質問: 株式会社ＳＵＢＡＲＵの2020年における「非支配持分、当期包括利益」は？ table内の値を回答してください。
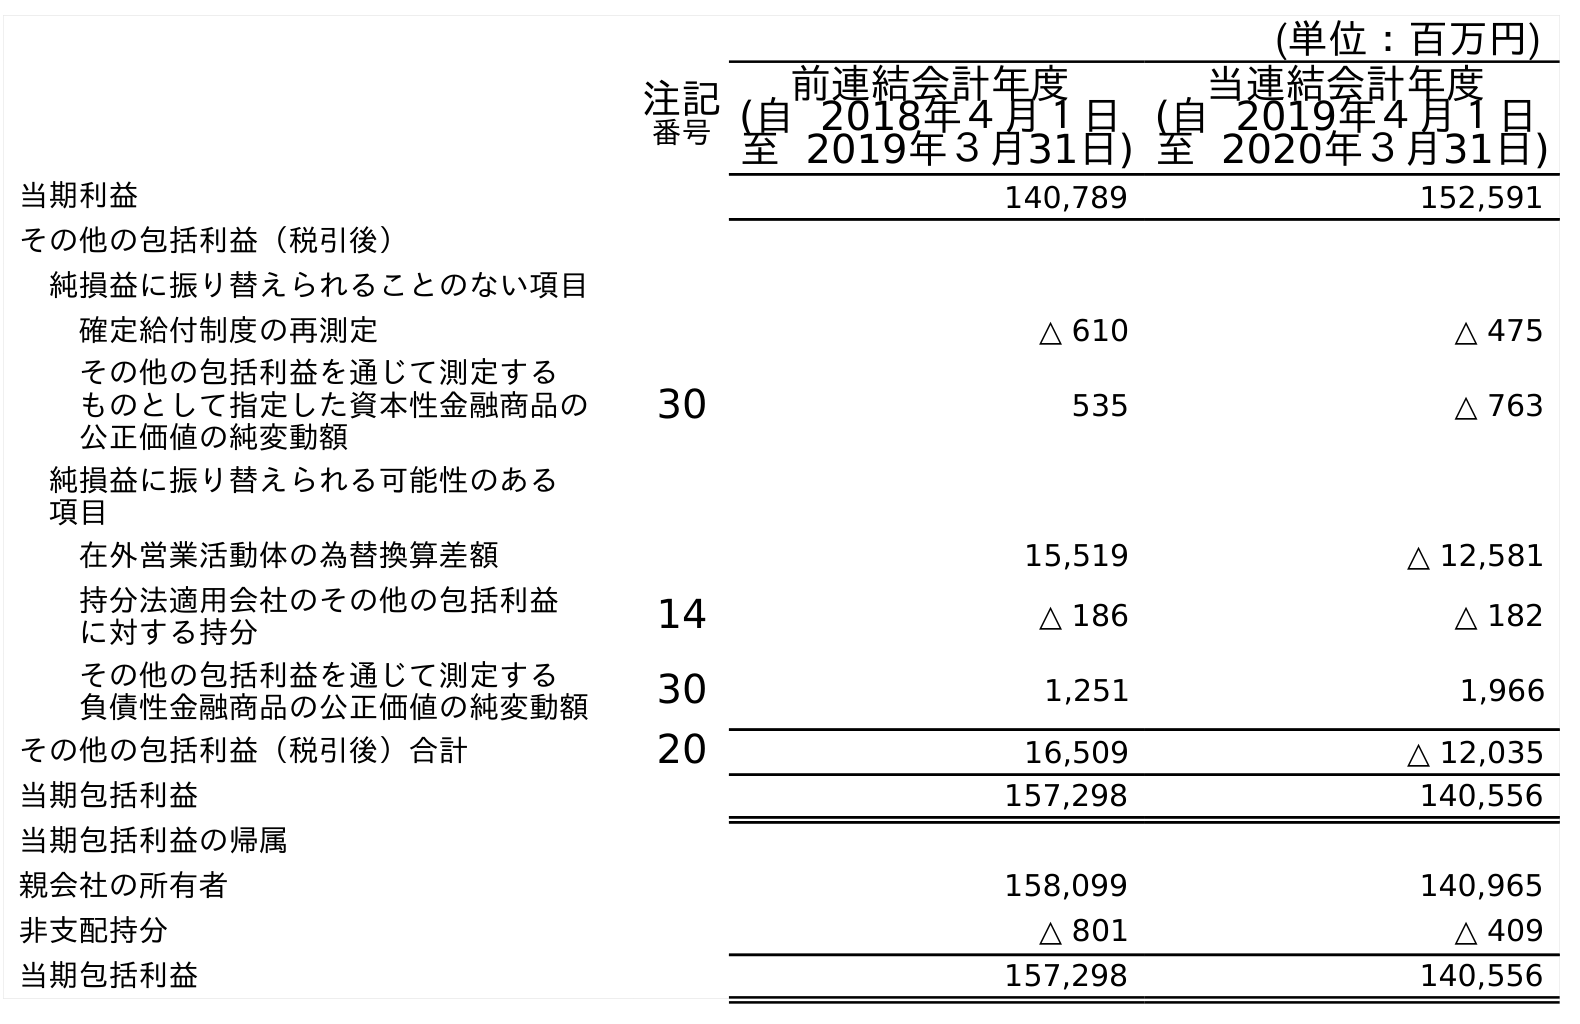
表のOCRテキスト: (単位：百万円) 注記 番号 前連結会計年度 (自 2018年４月１日 至 2019年３月31日) 当連結会計年度 (自 2019年４月１日 至 2020年３月31日) 当期利益 140,789 152,591 その他の包括利益（税引後） 純損益に振り替えられることのない項目 確定給付制度の再測定 △ 610 △ 475 その他の包括利益を通じて測定する ものとして指定した資本性金融商品の 公正価値の純変動額 30 535 △ 763 純損益に振り替えられる可能性のある 項目 在外営業活動体の為替換算差額 15,519 △ 12,581 持分法適用会社のその他の包括利益 に対する持分 14 △ 186 △ 182 その他の包括利益を通じて測定する 負債性金融商品の公正価値の純変動額 30 1,251 1,966 その他の包括利益（税引後）合計 20 16,509 △ 12,035 当期包括利益 157,298 140,556 当期包括利益の帰属 親会社の所有者 158,099 140,965 非支配持分 △ 801 △ 409 当期包括利益 157,298 140,556
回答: △409